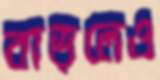
বাড়লেও